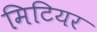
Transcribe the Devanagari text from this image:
मिटियर